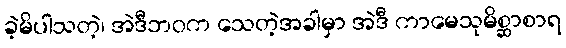
ခဲ့မိပါသတဲ့၊ အဲဒီဘဝက သေတဲ့အခါမှာ အဲဒီ ကာမေသုမိစ္ဆာစာရ